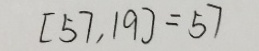
[ 5 7 , 1 9 ] = 5 7